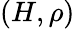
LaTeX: (H,\rho)